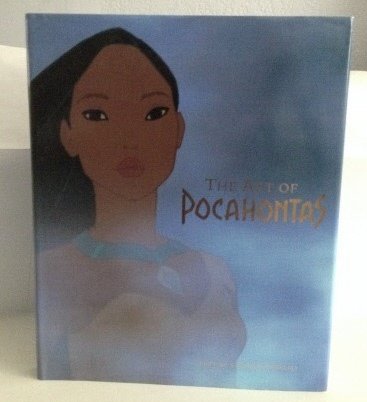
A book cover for The Art of Pocahontas; Stephen Rebello; Comics & Graphic Novels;